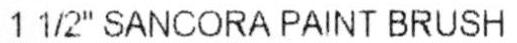
1 1/2" SANCORA PAINT BRUSH